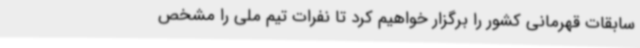
سابقات قهرمانی کشور را برگزار خواهیم کرد تا نفرات تیم ملی را مشخص